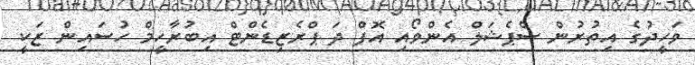
ވަހީދުގެ އިތުރުން ސްޕެޝަލް އެންވޯއި އޮފް ދަ ޕްރެޒިޑެންޓް އިބުރާހީމް ހުސައިން ޒަކީ